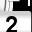
Digit: 2